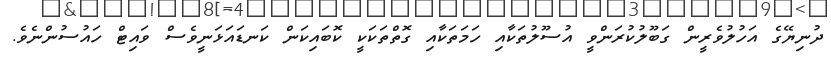
ދުނިޔޭގެ އަހުލުވެރީން ގަބޫލުކުރަންވީ އުސޫލުތަކާއި ހަމަތަކާއި ގޮތްތަކަކީ ކޮބައިކަން ކަނޑައަޅަނީވެސް ވައިޓް ހައުސުންނެވެ.